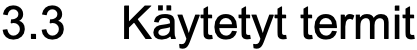
3.3 Käytetyt termit